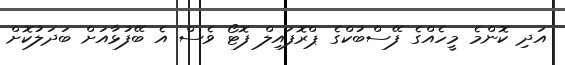
އަދި ކޮންމެ މީހެއްގެ ފޭސްބުކްގެ ޕްރޮފައިލް ފޮޓޯ ވެސް އެ ބޭފުޅާއަށް ބަދަލުކޮށް